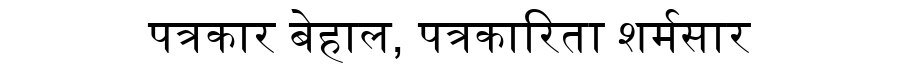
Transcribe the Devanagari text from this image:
पत्रकार बेहाल, पत्रकारिता शर्मसार